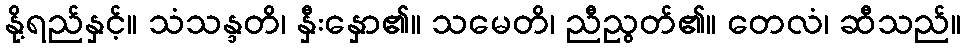
နို့ရည်နှင့်။ သံသန္ဒတိ၊ နှီးနှော၏။ သမေတိ၊ ညီညွတ်၏။ တေလံ၊ ဆီသည်။